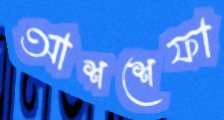
আশশেফা